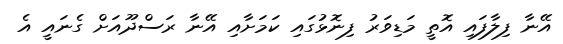
އޭނާ ފިލާފައި އޮތީ މަޑިވަރު ފިނޮޅުގައި ކަމަށާއި އޭނާ ރަސްދޫއަށް ގެނައީ އެ